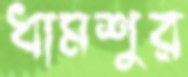
ধামশুর